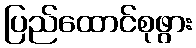
ပြည်ထောင်စုဖွား